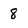
Character: 8